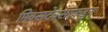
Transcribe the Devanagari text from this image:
मिक्सटेक्सांकडून